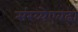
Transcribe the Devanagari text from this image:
संख्येएवढा